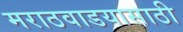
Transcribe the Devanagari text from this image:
मराठवाडयासाठी